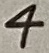
Text: 4